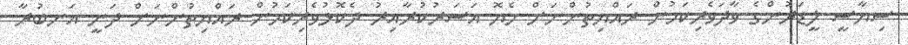
ސިޔާސީ ލީޑަރުންގެ ވާދަވެރިކަމުން ރައްޔިތުންނަށް ހެޔޮ އަސަރުކުރާއިރު ދެކޮޅުވެރިކަމުން ރައްޔިތުންނަށް ދަނީ އަނބުރާ